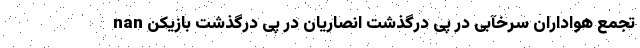
nan تجمع هواداران سرخآبی در پی درگذشت انصاریان در پی درگذشت بازیکن